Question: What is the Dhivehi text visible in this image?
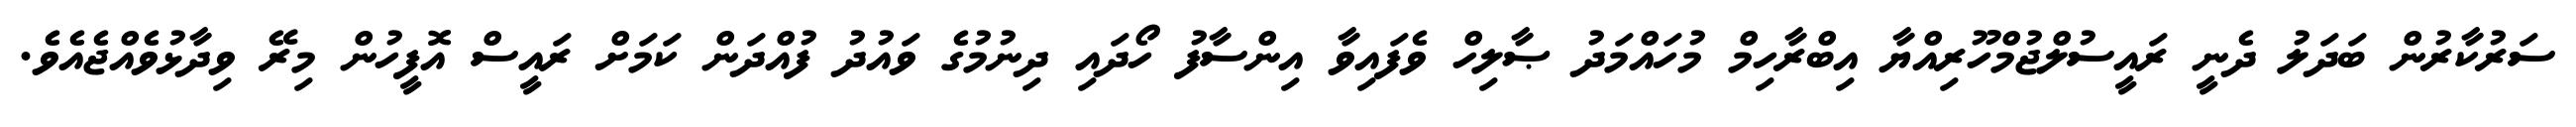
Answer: ސަރުކާރުން ބަދަލު ދެނީ ރައީސުލްޖުމްހޫރިއްޔާ އިބްރާހިމް މުހައްމަދު ޞާލިހް ވެފައިވާ އިންސާފު ހޯދައި ދިނުމުގެ ވައުދު ފުއްދަން ކަމަށް ރައީސް އޮފީހުން މިރޭ ވިދާޅުވެއްޖެއެވެ.